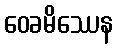
ဝေခမိဿေန